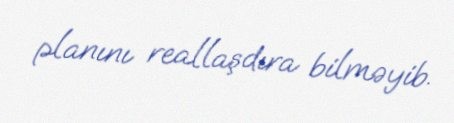
planını reallaşdıra bilməyib.